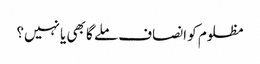
مظلوم کو انصاف ملے گا بھی یا نہیں؟